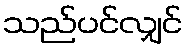
သည်ပင်လျှင်